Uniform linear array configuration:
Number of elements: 64
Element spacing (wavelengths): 1
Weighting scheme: cosine
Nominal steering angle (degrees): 15
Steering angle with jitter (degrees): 13.078
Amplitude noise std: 0.05
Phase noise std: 0.05

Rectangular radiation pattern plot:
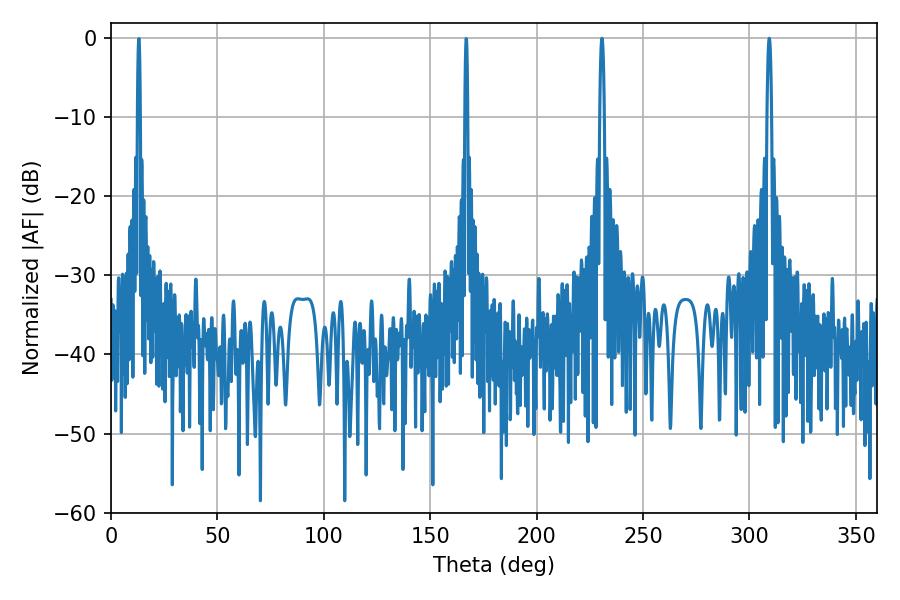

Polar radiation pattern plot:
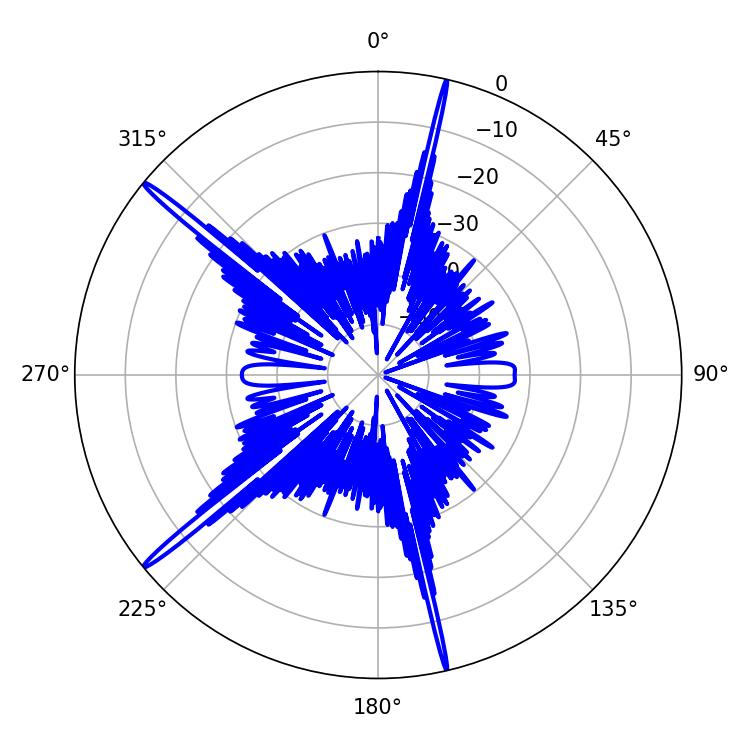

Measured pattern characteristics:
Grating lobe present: TRUE
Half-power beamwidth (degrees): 1.26
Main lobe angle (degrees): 230.76